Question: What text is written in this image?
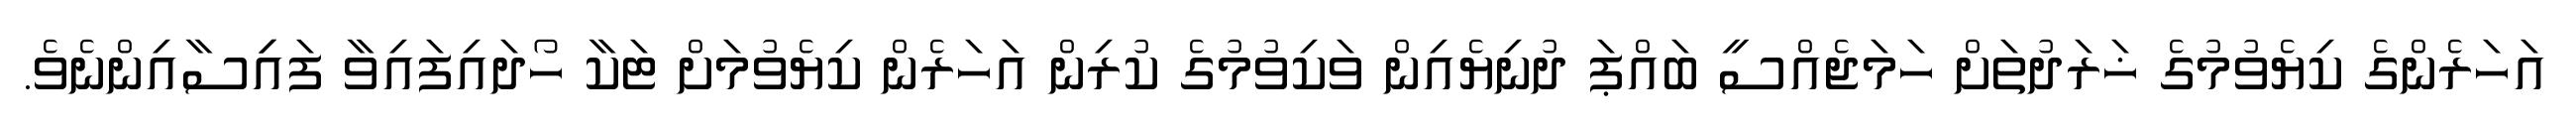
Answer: އަހަރެންގެ ކިޔެވުމުގެ ޚަރަދުތަށް ހަމަޖެއްސީ ބައްޕަ ދުނިޔެއިން ވަކިވުމުގެ ކުރިން އަހަރެން ކިޔެވުމަށް ޓަކާ ހޯދައިފައިވާ ފައިިސާއިންނެވެ.